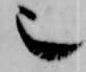
也